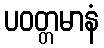
ပဝတ္တမာနံ